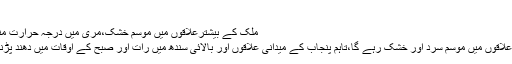
برف باری…
ملک کے بیشترعلاقوں میں موسم خشک،مری میں درجہ حرارت منفی 6 تک گرگیا
ملک کے بیشتر علاقوں میں موسم سرد اور خشک رہے گا،تاہم پنجاب کے میدانی علاقوں اور بالائی سندھ میں رات اور صبح کے اوقات میں دھند پڑنے کا امکان ہے۔